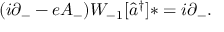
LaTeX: ( i \partial _ { - } - e A _ { - } ) { \cal W } _ { - 1 } [ \widehat { a } ^ { \dag } ] \ast = i \partial _ { - } .